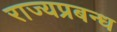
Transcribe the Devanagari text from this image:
राज्यप्रबन्ध